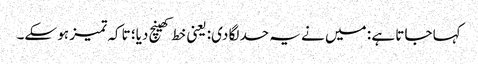
کہا جاتا ہے : میں نے یہ حد لگا دی: یعنی خط کھینچ دیا؛ تاکہ تمیز ہو سکے۔